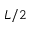
L / 2